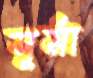
সুর্মা